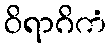
ဝိရာဂိကံ